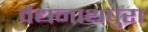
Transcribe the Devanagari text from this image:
वैद्यनाथपुरा